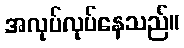
အလုပ်လုပ်နေသည်။